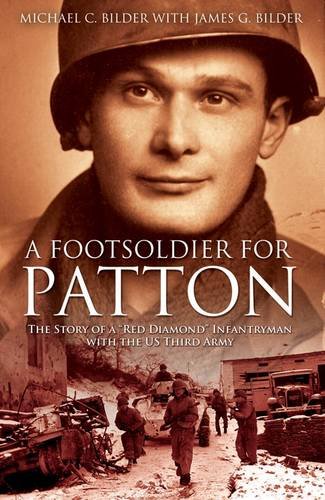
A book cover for A Foot Soldier for Patton: The Story of a "Red Diamond" Infantryman with the US Third Army; Michael C. Bilder; Biographies & Memoirs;